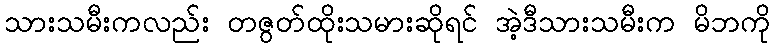
သားသမီးကလည်း တဇွတ်ထိုးသမားဆိုရင် အဲ့ဒီသားသမီးက မိဘကို